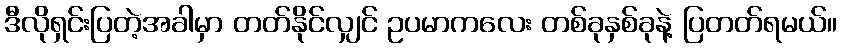
ဒီလိုရှင်းပြတဲ့အခါမှာ တတ်နိုင်လျှင် ဥပမာကလေး တစ်ခုနှစ်ခုနဲ့ ပြတတ်ရမယ်။